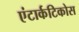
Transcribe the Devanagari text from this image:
एंटार्कटिकोस